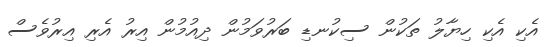
އެކި އެކި ހިޔާލު ތަކުން ސިކުނޑި ބަރުވަމުން ދިއުމުން އިރު އެރި އިރުވެސް